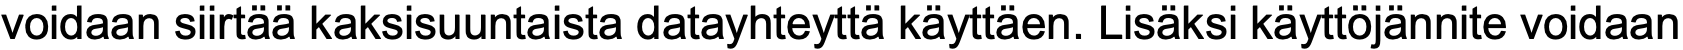
voidaan siirtää kaksisuuntaista datayhteyttä käyttäen. Lisäksi käyttöjännite voidaan